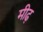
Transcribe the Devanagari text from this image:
मीढ़